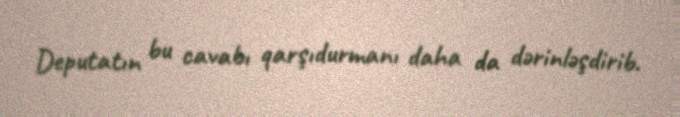
Deputatın bu cavabı qarşıdurmanı daha da dərinləşdirib.